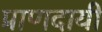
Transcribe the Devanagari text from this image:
प्राणदायी